Vital statistics of India. Vol. IV, Annual returns from 1871 to 1876. British Army of India, Native Army and jails of Bengal
Year: 1871
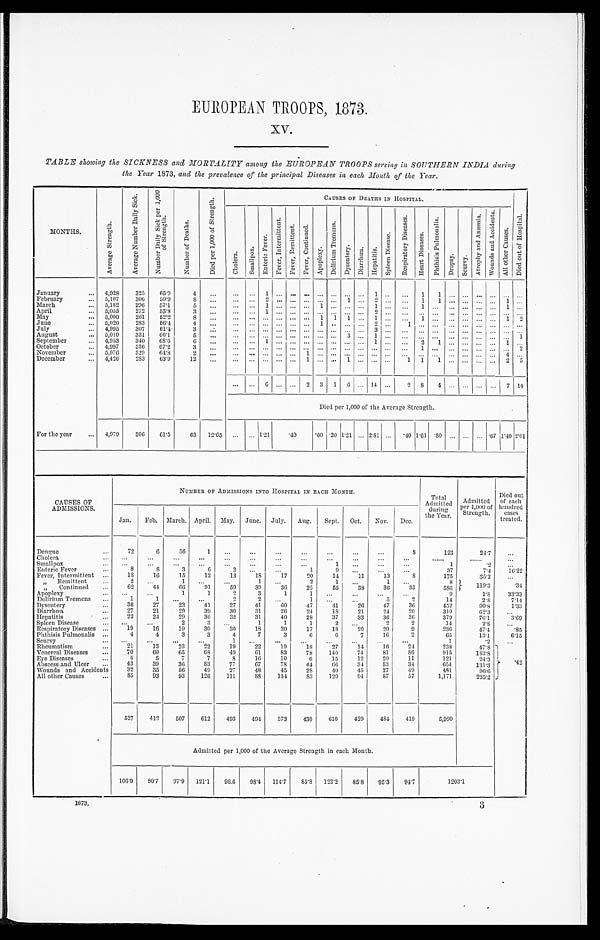
EUROPEAN TROOPS, 1873.
XV.
TABLE showing the SICKNESS and MORTALITY among the EUROPEAN TROOPS serving in SOUTHERN INDIA during
the Year 1873, and the prevalence of the principal Diseases in each Month of the Year.
MONTHS.
A v e r a g e S t r e n g t h .
A v e r a g e N u m b e r D a i l y S i c k .
N u m b e r D a i l y S i c k p e r 1 , 0 0 0 o f S t r e n g t h .
N u m b e r o f D e a t h s .
D i e d p e r 1 , 0 0 0 o f S t r e n g t h .
CAUSES OF DEATHS IN HOSPITAL.
C h o l e r a .
S m a l l p o x .
E n t e r i c F e v e r .
F e v e r , n t e r m i t t e n t .
F e v e r , R e m i t t e n t . F e v e r , C o n t i n u e d .
A p o p l e x y .
D e l i r i u m T r e m e n s .
D y s e n t e r y . D i a r r h œ a . H e p a t i t i s .
S p l e e n D i s e a s e .
R e s p i r a t o r y D i s e a s e s .
H e a r t
D i s e a s e s .
P h t h i s i s P u l m o n a l i s .
D r o p s y .
S c u r v y . A t r o p h y a n d A n æ m i a .
W o u n d s a n d A c c i d e n t s .
A l l o t h e r C a u s e s .
D i e d o u t o f H o s p i t a l .
January . . . 4,928 325 65.9
4 . . . . . . . . . 1
. . . . . . . . . . . . . . . . . . . . . 1
. . . . . . 1 1
. . . . . . . . . . . . . . . . . .
February . . . 5,107 306 59.9
8 . . . . . . . . . 2 . . . . . . . . . . . . . . . 1 . . . 2 . . . . . . 1 1
. . . . . . . . . . . . 1 . . .
March . . . 5,182 296 57.1
5 . . . . . . . . . 1 . . . . . . . . . 1
. . . . . . . . . 1 . . . . . . 1 . . . . . . . . . . . . . . . 1 . . .
April . . . 5,055 272 53.8
3
. . .
. . . . . . 1 . . . . . . . . . . . . . . . . . . . . . 2 . . . . . . . . .
. . . . . . . . . . . . . . . . . . . . .
May . . . 5,000 261 52.2
8
. . . . . . . . . . . . . . . . . . . . . 1
1 1 . . . 1 . . . . . . 1 . . . . . . . . . . . . . . . 1 2
283 56.4
June . . . 5,020
4 . . . . . . . . . . . . . . . . . . . . . 1
. . . . . . . . . 2 . . . 1
. . .
. . . . . . . . . . . . . . . . . . . . .
July . . . 4,995 307 61.4
3
3
. . . . . . . . . . . . . . . . . . . . . . . . . . . . . . . . .
. . . . . . . . .
. . . . . . . . . . . . . . . . . . . . .
5,010 331 66.1
5
3
1
1
August . . .
. . . . . . . . . . . . . . . . . . . . . . . . . . .
. . .
. . . . . . . . .
. . . . . . . . . . . . . . . . . .
September . . . 4,953 340 68.6
6 . . . . . . . . . 1 . . . . . . . . . . . . . . . . . . . . . 1 . . . . . . 2 1
. . . . . . . . . . . . . . . 1
336 67.2
3
4,997
1
2
October . . .
. . . . . . . . . . . . . . . . . . . . . . . . . . . . . . . . . . . . . . .
. . .
. . . . . . . . . . . . . . . . . .
November . . . 5,076 329 64.8
2
1
. . . . . . . . . . . . . . . . . .
. . . . . . . . . . . . . . . . . .
. . . . . . . . . . . . . . . . . . . . . 4 . . .
63.9 12
4,426 283
1
. . .
. . . . . . . . .
2 5
December . . .
. . . . . . . . . . . . . . . . . . . . . . . .
1 1 1
. . . . . . . . . . . .
. . . . . . 6
. . .
. . . 2 3 1 6 . . . 14 . . . 2 8 4 . . . . . . . . . . . . 7 10
Died per 1,000 of the Average Strength.
For the year . . . 4,979 306 61.5
63 12.65 . . . . . . 1.21 .40 .60 .20 1.21 . . . 2.81 . . .
. 4 0 1.61 .80 . . . . . . . . . .67 1.40 2.01
CAUSES OF
ADMISSIONS.
NUMBER OF ADMISSIONS INTO HOSPITAL IN EACH MONTH.
Total
Admitted d u r i n g
t h e y e a r .
Admitted
per 1,000 of
Strength.
Died out
of each
hundred cases
treated.
Jan. Feb. March. April. May. June. July. Aug. Sept. Oct. Nov. Dec.
Dengue . . .
72
6
3 6
1
. . . . . .
. . .
. . .
. . .
. . .
. . .
8
123
24.7 . . .
Cholera . . .
. . .
. . .
. . .
. . .
. . .
. . .
. . .
. . .
. . .
. . .
. . .
. . .
. . .
. . .
. . .
Smallpox . . .
. . .
. . .
. . .
. . .
. . .
. . .
. . .
. . .
1
. . .
. . .
. . .
1
.2
. . .
Enteric Fever . . .
8
8
3
6
2
. . .
. . .
1
9
. . .
. . .
. . .
37
7.4 16.22
Fever, Intermittent . . .
18
16
15
12
13
18
17
20
14
11
13
8
175
35.2
. . .
" Remittent . . .
2
. . .
1
. . . . . .
1
. . .
2
1
. . .
1
. . .
8
1 1 9 . 3
.34
" Continued . . . 62
44
66
91
59
39
36
25
55
38
36 35
5 8 6
Apoplexy . . .
. . .
. . .
1
1
2
3
1
1
. . .
. . .
. . .
. . .
9
1 . 8 33.33
Delirium Tremens . . .
1
1 . . .
. . .
2
2
. . .
1 . . .
. . . . . . . .
5
2
14
2.8
7.14
Dysentery . . .
36
27
23
41
27
41
60
47
41
26
47
36
452
90.8
1 . 3 3
27
21
29
39
30
31
26
24
1 8 21
24 20
310
62.3
. . .
' Diarr . . ...
Hepatitis . . .
23
24
29
30
32
31
40
28
37
33
36 36
379
7.61
3 . 6 9
Spleen Disease
. . . . . .
. . .
2
3
. . .
1
1
1
2
2
14
2.8
. . .
• Respiratory Diseases . . .
19 16
19 30
30
18
20
17
18 20
20
9
236
47.4
.85
Phthisis Pulmonalis . . .
4
4
3
3
4
7
3
6
6
7
16
2
65
13.1
6.15
Scurvy . . .
. . . . . .
. . .
. . .
1
. . .
. . .
. . .
. . .
. . .
. . .
. . .
1
.2
. . .
Rheumatism . . .
21
13
23
22
19
22
19
18
27
14
16
21
238
47.8
.4 2
Venereal Diseases . . .
70
60
65
6 8 49
61
83
78 140 74
81
8 6
915
183.8
Eye Diseases . . .
4
5
7
7
8
16
10
6
15
12
20
11
121
24.3
Abscess and Ulcer . . . 43
39
36 83
77
67
78
44
66
34
53
34
654
131.3
Wounds and Accidents
32
35
5 6 49
27
4 8 45
28 40
45
27
49
481
96.6
85
93
93 126 111
8 8 134
83 120
94
87
57
1,171
235.2
All other Causes . . .
527 412 507 612 493 494 573 430 610 429 484 419
5,990
Admitted per 1,000 of the Average Strength in each Mouth.
106.9 80.7 97.9 121.1 98.6 98.4 114.7 85.8 123.2 85.8 95.3 94.7
1203.1
1873.
3